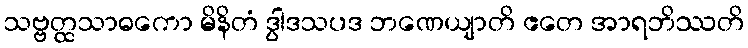
သဗ္ဗတ္ထသာဓကော မိနိတံ ဒွါဒသပဒ ဘဏေယျာတိ ဧတေ အာရဘိဿတိ